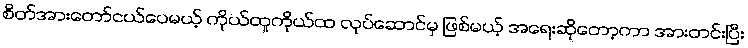
စိတ်အားတော်ငယ်ပေမယ့် ကိုယ်ထူကိုယ်ထ လုပ်ဆောင်မှ ဖြစ်မယ့် အရေးဆိုတော့ကာ အားတင်းပြီး